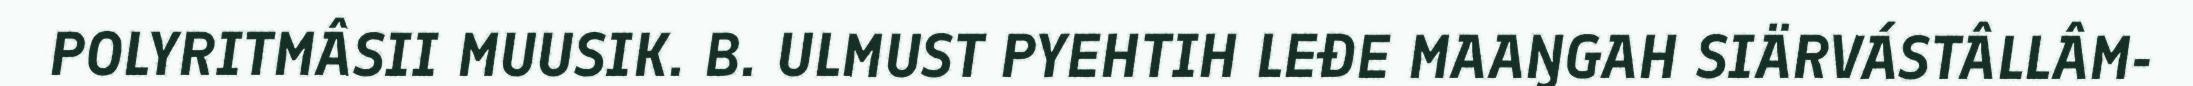
POLYRITMÂSII MUUSIK. B. ULMUST PYEHTIH LEĐE MAAŊGAH SIÄRVÁSTÂLLÂM-